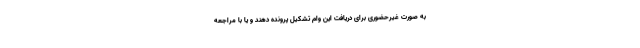
به صورت غیرحضوری برای دریافت این وام تشکیل پرونده دهند و یا با مراجعه